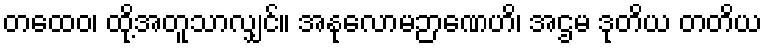
တထေဝ၊ ထို့အတူသာလျှင်။ အနုလောမဉာဏေဟိ၊ အဌမ ဒုတိယ တတိယ